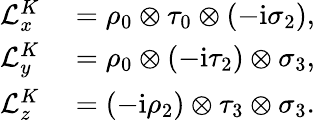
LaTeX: \begin{array}{rl}{\mathcal{L}_{x}^{K}}&{{}=\rho_{0}\otimes\tau_{0}\otimes(-\mathrm{i}\sigma_{2}),}\\ {\mathcal{L}_{y}^{K}}&{{}=\rho_{0}\otimes(-\mathrm{i}\tau_{2})\otimes\sigma_{3},}\\ {\mathcal{L}_{z}^{K}}&{{}=(-\mathrm{i}\rho_{2})\otimes\tau_{3}\otimes\sigma_{3}.}\end{array}